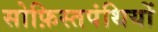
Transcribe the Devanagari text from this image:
सोफ़िस्तपंथियों